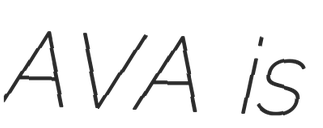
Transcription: AVA is